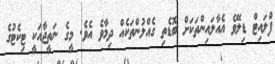
ފްލައިޓް ޑިލޭވެ އެއާލައިންތަކަށް ބޮޑެތި ގެއްލުންތަކެއް ދިމާވެ އެވެ. މީގެ ނަތީޖާއަކީ ޓިކެޓުގެ